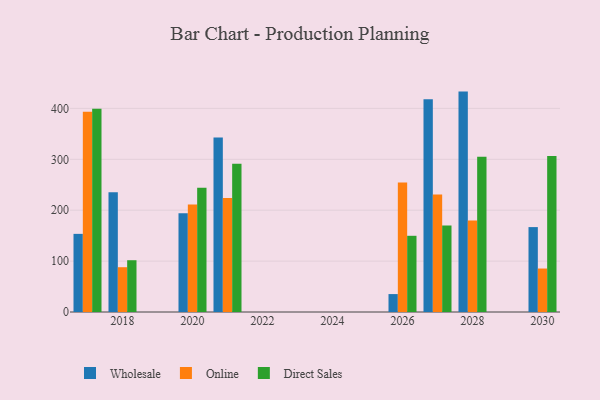
{"axis": {"x": "Year", "y": "Net Income (USD K)"}, "legend": ["Direct Sales", "Online", "Wholesale"], "data": [{"x": "2027", "y": 417.8, "type": "Wholesale"}, {"x": "2027", "y": 230.8, "type": "Online"}, {"x": "2027", "y": 169.9, "type": "Direct Sales"}, {"x": "2018", "y": 235.5, "type": "Wholesale"}, {"x": "2018", "y": 88.0, "type": "Online"}, {"x": "2018", "y": 101.7, "type": "Direct Sales"}, {"x": "2021", "y": 342.8, "type": "Wholesale"}, {"x": "2021", "y": 224.1, "type": "Online"}, {"x": "2021", "y": 291.4, "type": "Direct Sales"}, {"x": "2020", "y": 194.2, "type": "Wholesale"}, {"x": "2020", "y": 211.0, "type": "Online"}, {"x": "2020", "y": 244.2, "type": "Direct Sales"}, {"x": "2017", "y": 153.5, "type": "Wholesale"}, {"x": "2017", "y": 393.3, "type": "Online"}, {"x": "2017", "y": 399.4, "type": "Direct Sales"}, {"x": "2026", "y": 35.2, "type": "Wholesale"}, {"x": "2026", "y": 254.2, "type": "Online"}, {"x": "2026", "y": 149.7, "type": "Direct Sales"}, {"x": "2030", "y": 166.8, "type": "Wholesale"}, {"x": "2030", "y": 85.4, "type": "Online"}, {"x": "2030", "y": 306.6, "type": "Direct Sales"}, {"x": "2028", "y": 433.0, "type": "Wholesale"}, {"x": "2028", "y": 179.6, "type": "Online"}, {"x": "2028", "y": 305.1, "type": "Direct Sales"}]}